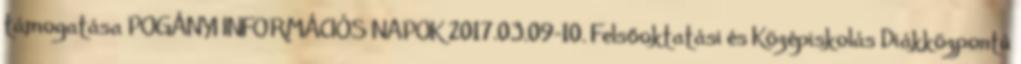
támogatása POGÁNYI INFORMÁCIÓS NAPOK 2017.03.09-10. Felsőoktatási és Középiskolás Diákközpontú